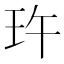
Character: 玝